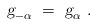
LaTeX: \begin{align*} \mbox{\sl g}_{-\alpha}~=~\mbox{\sl g}_\alpha~.\end{align*}